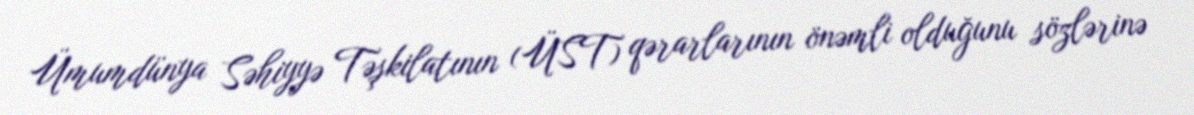
Ümumdünya Səhiyyə Təşkilatının (ÜST) qərarlarının önəmli olduğunu sözlərinə